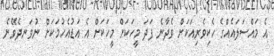
އެ މައްސަލައެއްގެ ހެކިވެރިއަކަށް ވެދާނެ ފަދަ މީހަކަށް މީހަކަށް އެ އަޑުއެހުމަކަށް ނުވަނދެވޭނެ